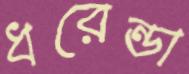
ধরেন্ডা